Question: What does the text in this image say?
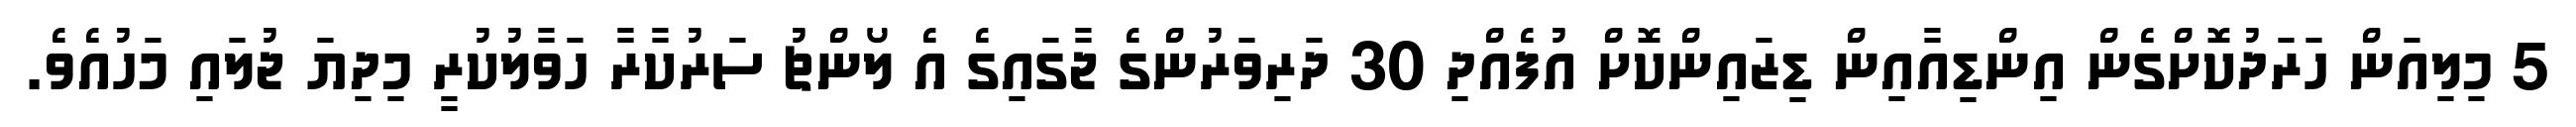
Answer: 5 މިލިއަން ހަރަދުކޮށްގެން އިންޑިއާއިން ޑިޒައިންކޮށް އުފެއްދި 30 ދަރިވަރުންގެ ޖާގައިގެ އެ ލޯންޗު ސަރުކާރާ ހަވާލުކުރީ މިދިޔަ ޖުލައި މަހުއެވެ.